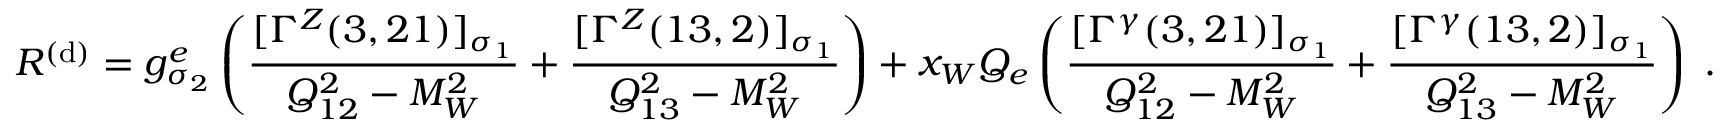
{ \cal R } ^ { ( \mathrm { d } ) } = g _ { \sigma _ { 2 } } ^ { e } \left( \frac { [ \Gamma ^ { Z } ( 3 , 2 1 ) ] _ { \sigma _ { 1 } } } { Q _ { 1 2 } ^ { 2 } - M _ { W } ^ { 2 } } + \frac { [ \Gamma ^ { Z } ( 1 3 , 2 ) ] _ { \sigma _ { 1 } } } { Q _ { 1 3 } ^ { 2 } - M _ { W } ^ { 2 } } \right) + x _ { W } Q _ { e } \left( \frac { [ \Gamma ^ { \gamma } ( 3 , 2 1 ) ] _ { \sigma _ { 1 } } } { Q _ { 1 2 } ^ { 2 } - M _ { W } ^ { 2 } } + \frac { [ \Gamma ^ { \gamma } ( 1 3 , 2 ) ] _ { \sigma _ { 1 } } } { Q _ { 1 3 } ^ { 2 } - M _ { W } ^ { 2 } } \right) \; .